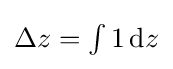
{\textstyle \Delta z=\int 1\,\mathrm {d} z}